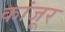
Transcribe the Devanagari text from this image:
कांजूर